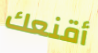
أقنعك